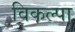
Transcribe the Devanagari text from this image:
विकल्पा